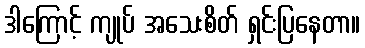
ဒါကြောင့် ကျုပ် အသေးစိတ် ရှင်းပြနေတာ။